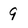
Character: 9